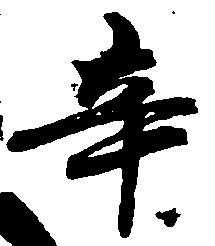
辛